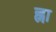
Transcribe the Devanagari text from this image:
ह्ना